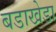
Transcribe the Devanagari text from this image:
बडाखेडा